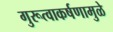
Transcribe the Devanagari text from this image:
गुरूत्वाकर्षणामुळे